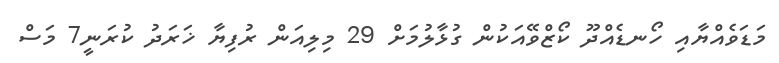
މަޑަވެއްޔާއި ހޯނޑެއްދޫ ކޯޒްވޭއަކުން ގުޅާލުމަށް 29 މިލިއަން ރުފިޔާ ޚަރަދު ކުރަނީ7 މަސް